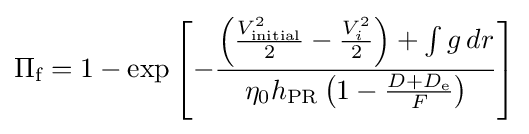
\Pi _{\text{f}}=1-\exp \left[-{\frac {\left({\frac {V_{\text{initial}}^{2}}{2}}-{\frac {V_{i}^{2}}{2}}\right)+\int {g}\,dr}{\eta _{0}h_{\text{PR}}\left(1-{\frac {D+D_{\text{e}}}{F}}\right)}}\right]